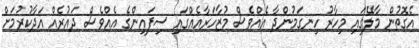
އެގޮތުން މާލޭގައި މިހާރު ހިނގަމުންދާ އެއްވެސް މުޒާހަރާއެއްގައި ސިފައިންގެ އެއްވެސް ދައުރެއް އަދާކުރުމަށް